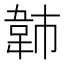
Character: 𫖍